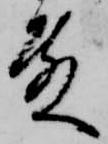
殿